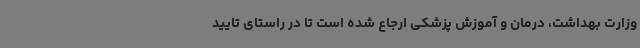
وزارت بهداشت، درمان و آموزش پزشکی ارجاع شده است تا در راستای تایید